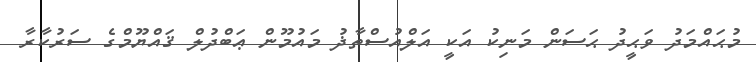
މުޙައްމަދު ވަޙީދު ޙަސަން މަނިކު އަކީ އަލްއުސްތާޛު މައުމޫން ޢަބްދުލް ޤައްޔޫމްގެ ސަރުކާރާ